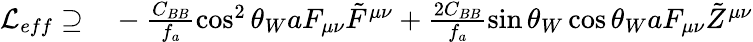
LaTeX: \begin{array}{rl}{\mathcal{L}_{eff}\supseteq}&{{}-\frac{C_{BB}}{f_{a}}\cos^{2}\theta_{W}aF_{\mu\nu}\tilde{F}^{\mu\nu}+\frac{2C_{BB}}{f_{a}}\sin\theta_{W}\cos\theta_{W}aF_{\mu\nu}\tilde{Z}^{\mu\nu}}\end{array}